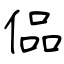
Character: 偘